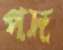
পদ